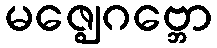
မဇ္ဈေဂဗ္ဘော